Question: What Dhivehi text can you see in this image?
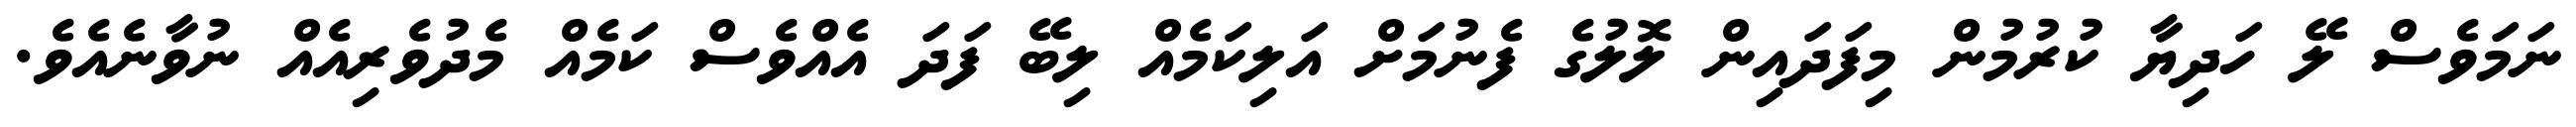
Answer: ނަމަވެސް ލޭ ހަދިޔާ ކުރުމުން މިފަދައިން ލޮލުގެ ފެނުމަށް އަލިކަމެއް ލިބޭ ފަދަ އެއްވެސް ކަމެއް މެދުވެރިއެއް ނުވާނެއެވެ.